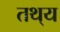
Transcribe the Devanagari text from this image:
तथ्‌य